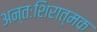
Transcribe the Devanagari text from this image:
अन्तःशिरात्मक